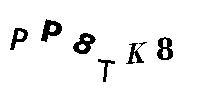
PP8TK8